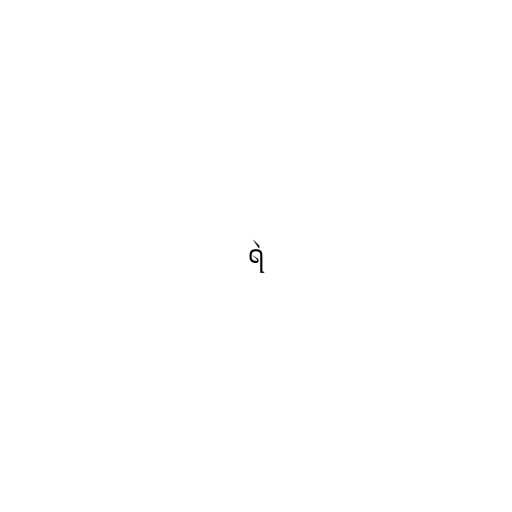
ရဲ